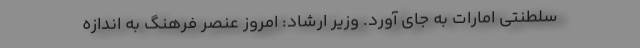
سلطنتی امارات به جای آورد. وزیر ارشاد: امروز عنصر فرهنگ به اندازه